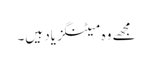
مجھے وہ میٹنگز یاد ہیں۔